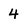
Character: 4